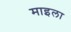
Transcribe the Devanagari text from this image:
माइला